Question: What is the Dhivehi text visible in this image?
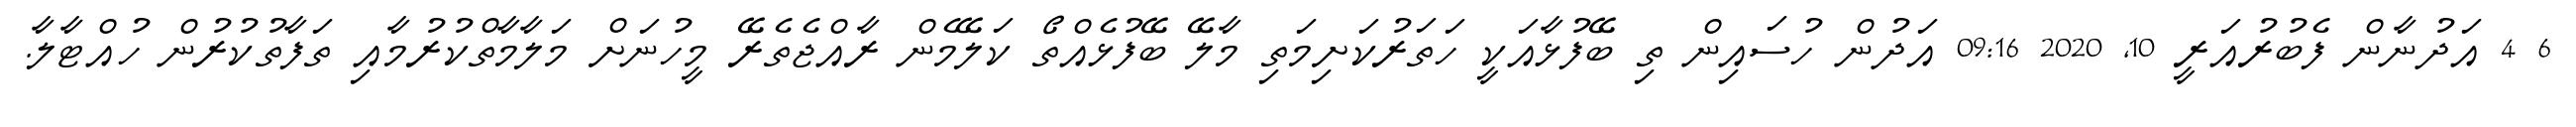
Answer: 6 4 އަދުނާން ފެބުރުއަރީ 10, 2020 09:16 އަދުން ހުސައިން ތި ބޭފުޅާއަކީ ހަތަރުކަށިމަތި މާލޭ ބޭފުޅެއްތޯ ކަލޭމެން ރާއްޖެތެރޭ މީހުނަށް މަލާމާތްކުރުމާއި ތަފާތުކުރުން ހުއްޓާލާ.